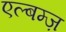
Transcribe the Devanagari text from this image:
एल्बम्ज़